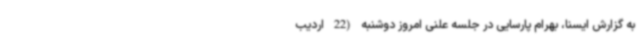
به گزارش ایسنا، بهرام پارسایی در جلسه علنی امروز دوشنبه (22 اردیب